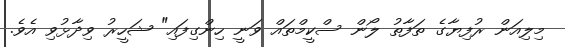
މިލިއަން ރުފިޔާގެ ތަފާތު ލޯން ސްކީމްތައް ވަނީ ހިންގިފައި" ޝަހީރު ވިދާޅުވި އެވެ.